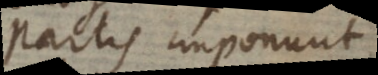
partis imponunt,